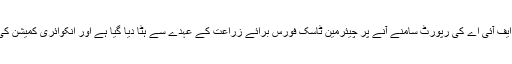
اسی طرح تحریک انصاف کے سینئر رہنما جہانگیر ترین کو آٹا چینی بحران پر ایف آئی اے کی رپورٹ سامنے آنے پر چیئرمین ٹاسک فورس برائے زراعت کے عہدے سے ہٹا دیا گیا ہے اور انکوائری کمیشن کی سفارشات کی روشنی میں ان کیخلاف مزید کارروائی کا عندیہ بھی دیا گیا ہے۔